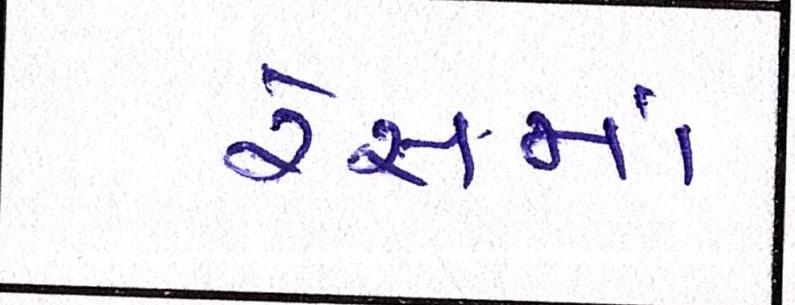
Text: રેસમાં